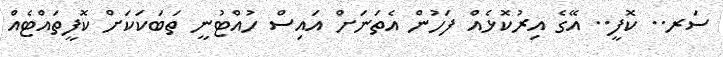
ސަރ.. ކޮފީ.. އޭގެ އިރުކޮޅެއް ފަހުން އެތަނަށް އައިސް ހުއްޓުނީ ތަބަކަކަށް ކޮފީތައްޓެއް